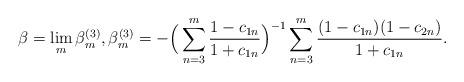
LaTeX: \begin{align*} \beta=\lim_m\beta^{(3)}_m,\beta^{(3)}_m=-\Big(\sum_{n=3}^m\frac{1-c_{1n}}{1+c_{1n}}\Big)^{-1}\sum_{n=3}^m\frac{(1-c_{1n})(1-c_{2n})}{1+c_{1n}}.\end{align*}